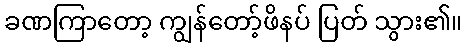
ခဏကြာတော့ ကျွန်တော့်ဖိနပ် ပြတ် သွား၏။